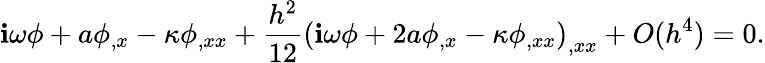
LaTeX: \mathbf{i}\omega\phi+a\phi_{,x}-\kappa\phi_{,xx}+\frac{{h^{2}}}{{12}}\left(\mathbf{i}\omega\phi+2a\phi_{,x}-\kappa\phi_{,xx}\right)_{,xx}+O(h^{4})=0.